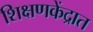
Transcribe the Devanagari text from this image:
शिक्षणकेंद्रात